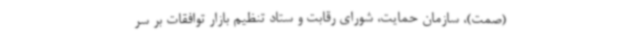
(صمت)، سازمان حمایت، شورای رقابت و ستاد تنظیم بازار توافقات بر سر